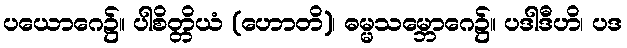
ပယောဂေ၌။ ပါစိတ္တိယံ (ဟောတိ)၊ ဓမ္မသမ္ဘောဂေ၌။ ပဒါဒီဟိ၊ ပဒ